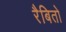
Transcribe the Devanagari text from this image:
रैबितो